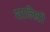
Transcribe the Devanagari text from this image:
यालिटी